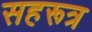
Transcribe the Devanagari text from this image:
सहरूत्र